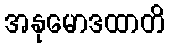
အနုမောဒထာတိ